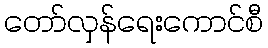
တော်လှန်ရေးကောင်စီ